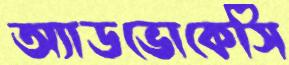
অ্যাডভোকেসি